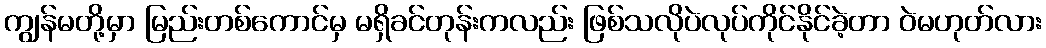
ကျွန်မတို့မှာ မြည်းတစ်ကောင်မှ မရှိခင်တုန်းကလည်း ဖြစ်သလိုပဲလုပ်ကိုင်နိုင်ခဲ့တာ ဝဲမဟုတ်လား